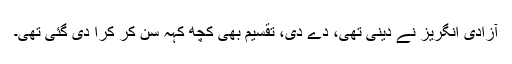
آزادی انگریز نے دینی تھی، دے دی، تقسیم بھی کچھ کہہ سن کر کرا دی گئی تھی۔